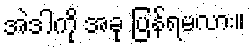
အဲဒါကို အခု ပြန်ရမလား။